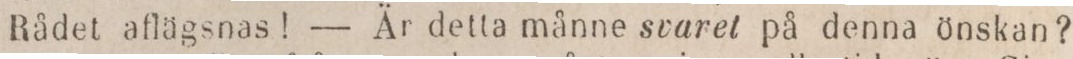
Rådet aflägsnas! — Är detta månne svaret på denna önskan?